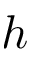
h